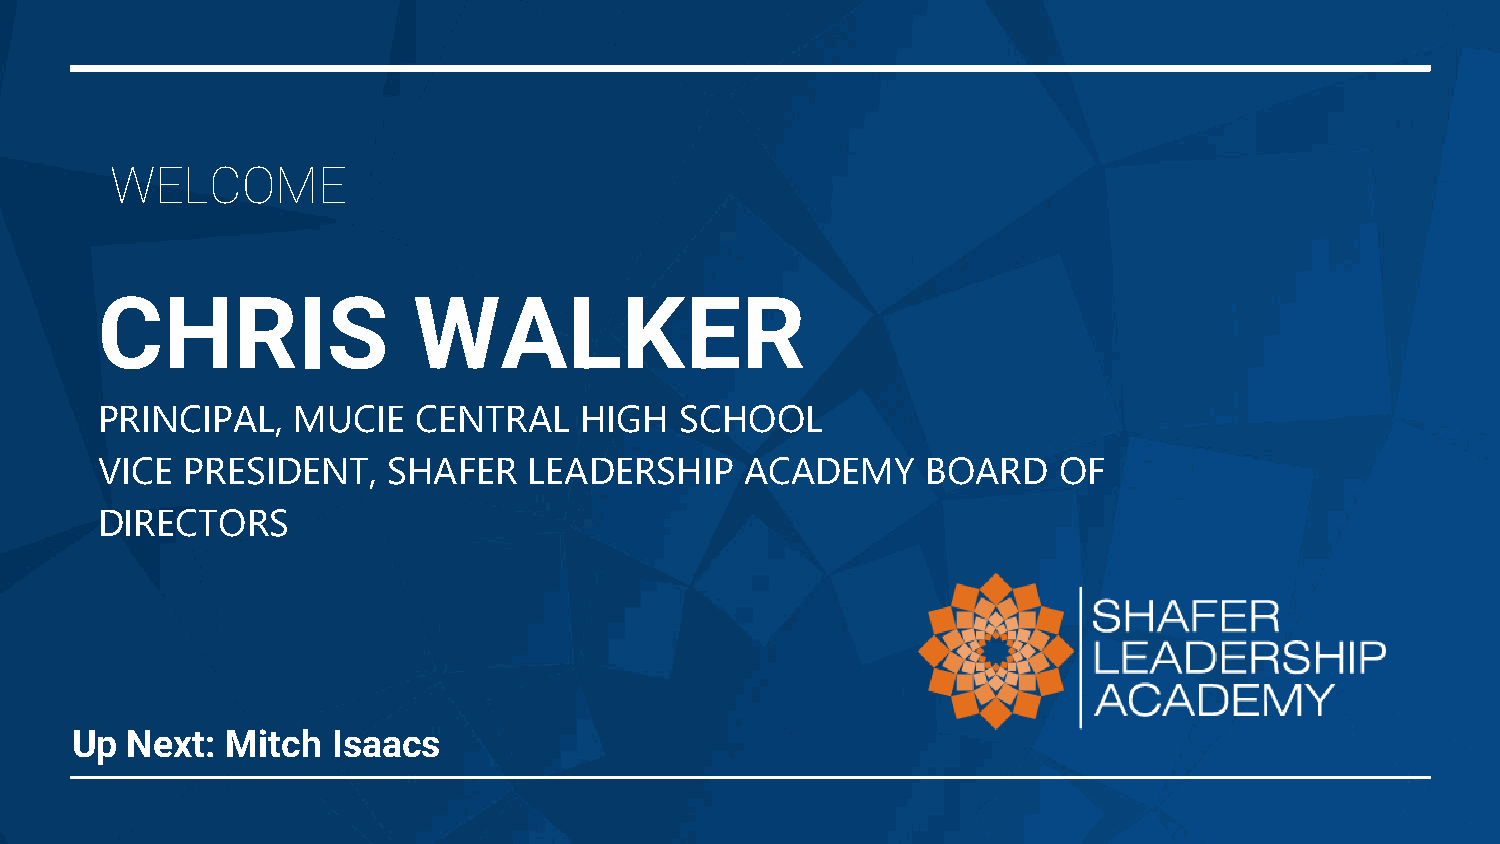
WELCOME
 CHRIS                WALKER
 PRINCIPAL,   MUCIE   CENTRAL    HIGH   SCHOOL
 VICE  PRESIDENT,    SHAFER   LEADERSHIP    ACADEMY     BOARD    OF
 DIRECTORS
 Up Next:  Mitch  Isaacs